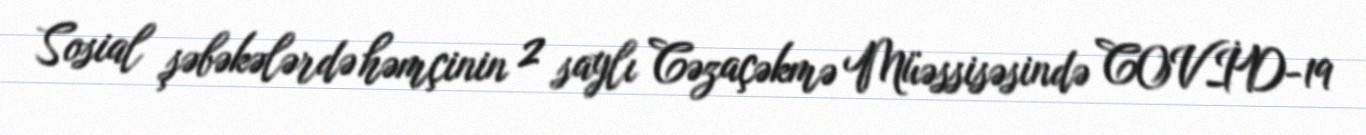
Sosial şəbəkələrdə həmçinin 2 saylı Cəzaçəkmə Müəssisəsində COVİD-19